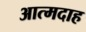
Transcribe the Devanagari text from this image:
आत्‍मदाह